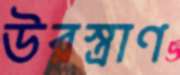
উরস্ত্রাণ